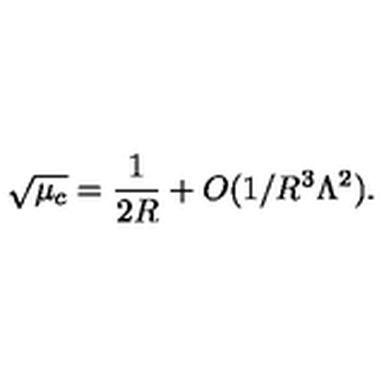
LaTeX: \sqrt { \mu _ { c } } = { \frac { 1 } { 2 R } } + O ( 1 / R ^ { 3 } \Lambda ^ { 2 } ) .